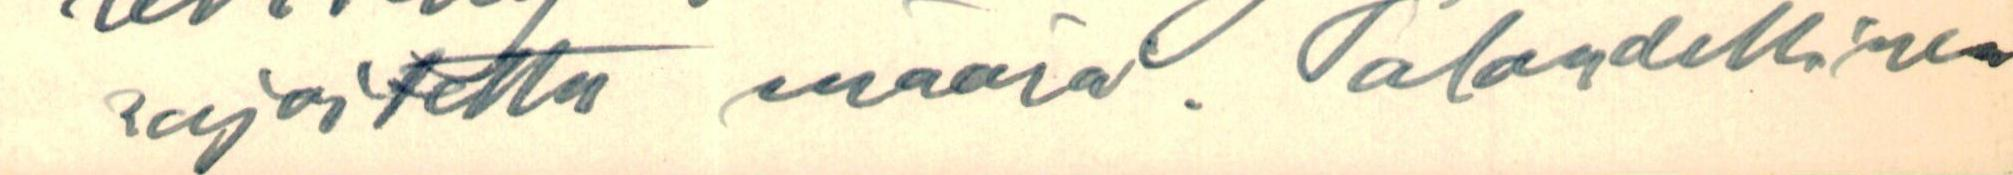
rajoitettu määrä. Taloudellinen